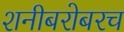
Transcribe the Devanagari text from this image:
शनीबरोबरच